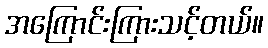
အကြောင်းကြားသင့်တယ်။